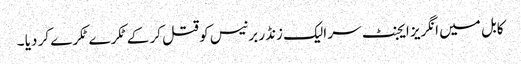
کابل میں انگریز ایجنٹ سر الیک زنڈر برنیس کو قتل کر کے ٹکرے ٹکرے کر دیا ۔